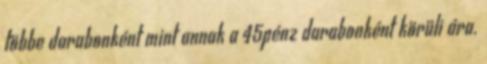
többe darabonként mint annak a 45pénz darabonként körüli ára.